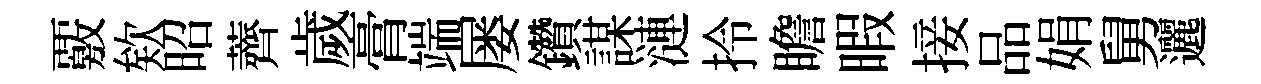
覈欸昭薺歲膏端屡鑽謀漣拎瞻暇接品娟舅邐